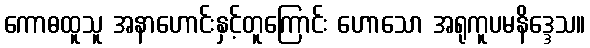
ကောဓထူသူ အနာဟောင်းနှင့်တူကြောင်း ဟောသော အရုကူပမနိဒ္ဒေသ။